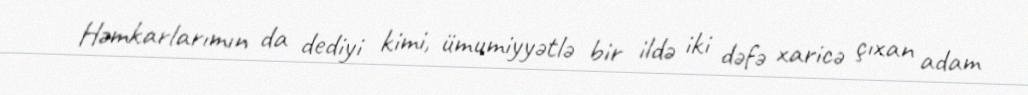
Həmkarlarımın da dediyi kimi, ümumiyyətlə bir ildə iki dəfə xaricə çıxan adam